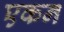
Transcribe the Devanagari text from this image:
एकन